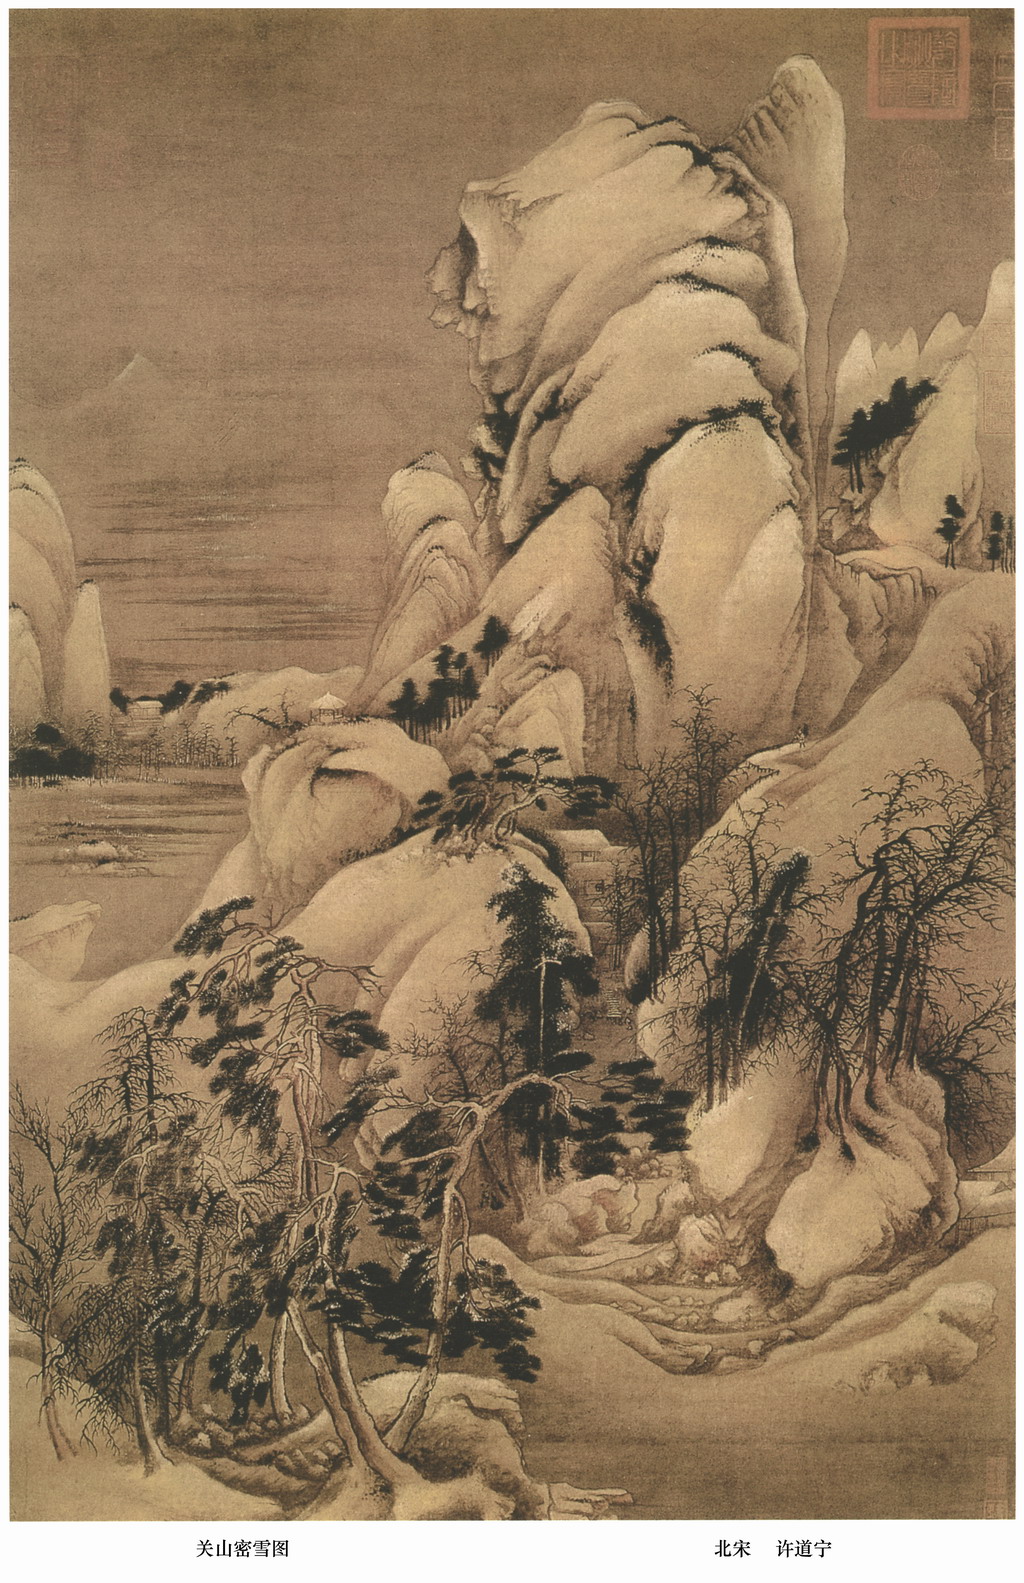
关山多雨雪，风水损毛衣。